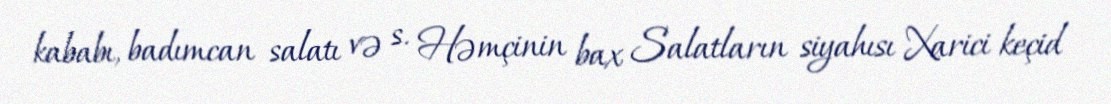
kababı, badımcan salatı və s. Həmçinin bax Salatların siyahısı Xarici keçid